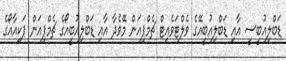
ޑަބްލިއުބީސީ އާއި ޑަބްލިއުބީއޭގެ ވެލްޓަވެއިޓް ޗެމްޕިއަން މޭވެދާ އާއި ޑަބްލިއުބީއޯގެ ޗެމްޕިއަން ޕަކިއާއޯގެ